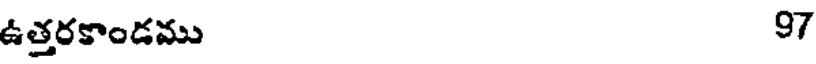
ఉత్తరకాండము 97